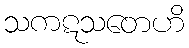
သကဋသတေဟိ